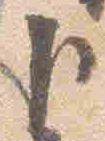
臣